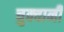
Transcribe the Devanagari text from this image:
चुक्वानी